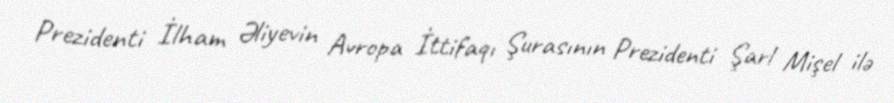
Prezidenti İlham Əliyevin Avropa İttifaqı Şurasının Prezidenti Şarl Mişel ilə